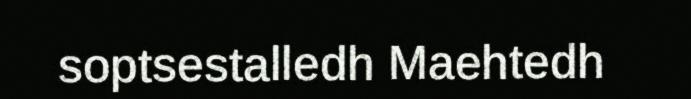
soptsestalledh Maehtedh